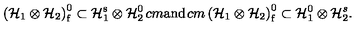
\left( { \cal H } _ { 1 } \otimes { \cal H } _ { 2 } \right) _ { \mathrm f } ^ { 0 } \subset { \cal H } _ { 1 } ^ { \mathrm { s } } \otimes { \cal H } _ { 2 } ^ { 0 } \hspace * { 1 c m } \mathrm { a n d } \hspace * { 1 c m } \left( { \cal H } _ { 1 } \otimes { \cal H } _ { 2 } \right) _ { \mathrm f } ^ { 0 } \subset { \cal H } _ { 1 } ^ { 0 } \otimes { \cal H } _ { 2 } ^ { s } .